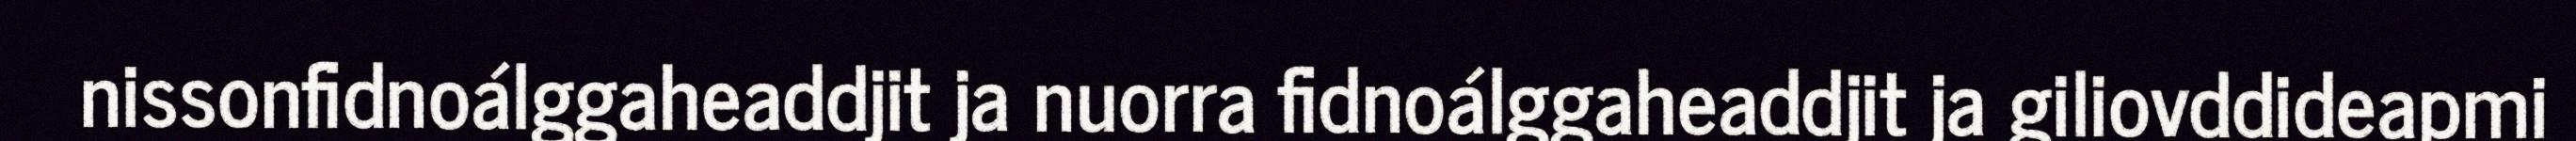
nissonfidnoálggaheaddjit ja nuorra fidnoálggaheaddjit ja giliovddideapmi